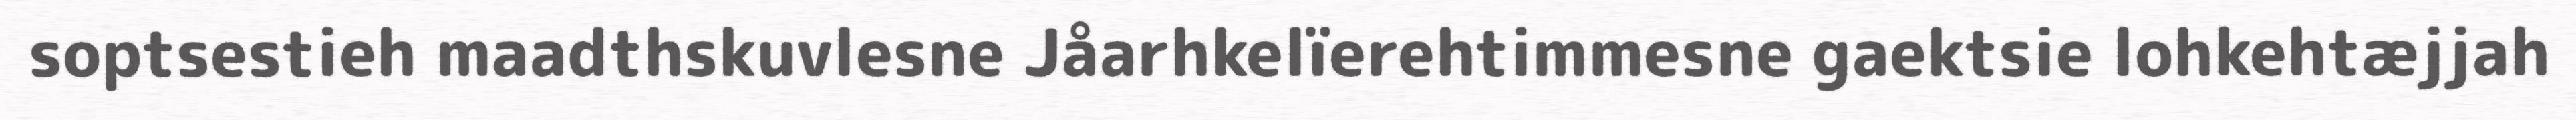
soptsestieh maadthskuvlesne Jåarhkelïerehtimmesne gaektsie lohkehtæjjah